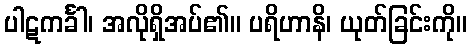
ပါဋကင်္ခါ၊ အလိုရှိအပ်၏။ ပရိဟာနိ၊ ယုတ်ခြင်းကို။